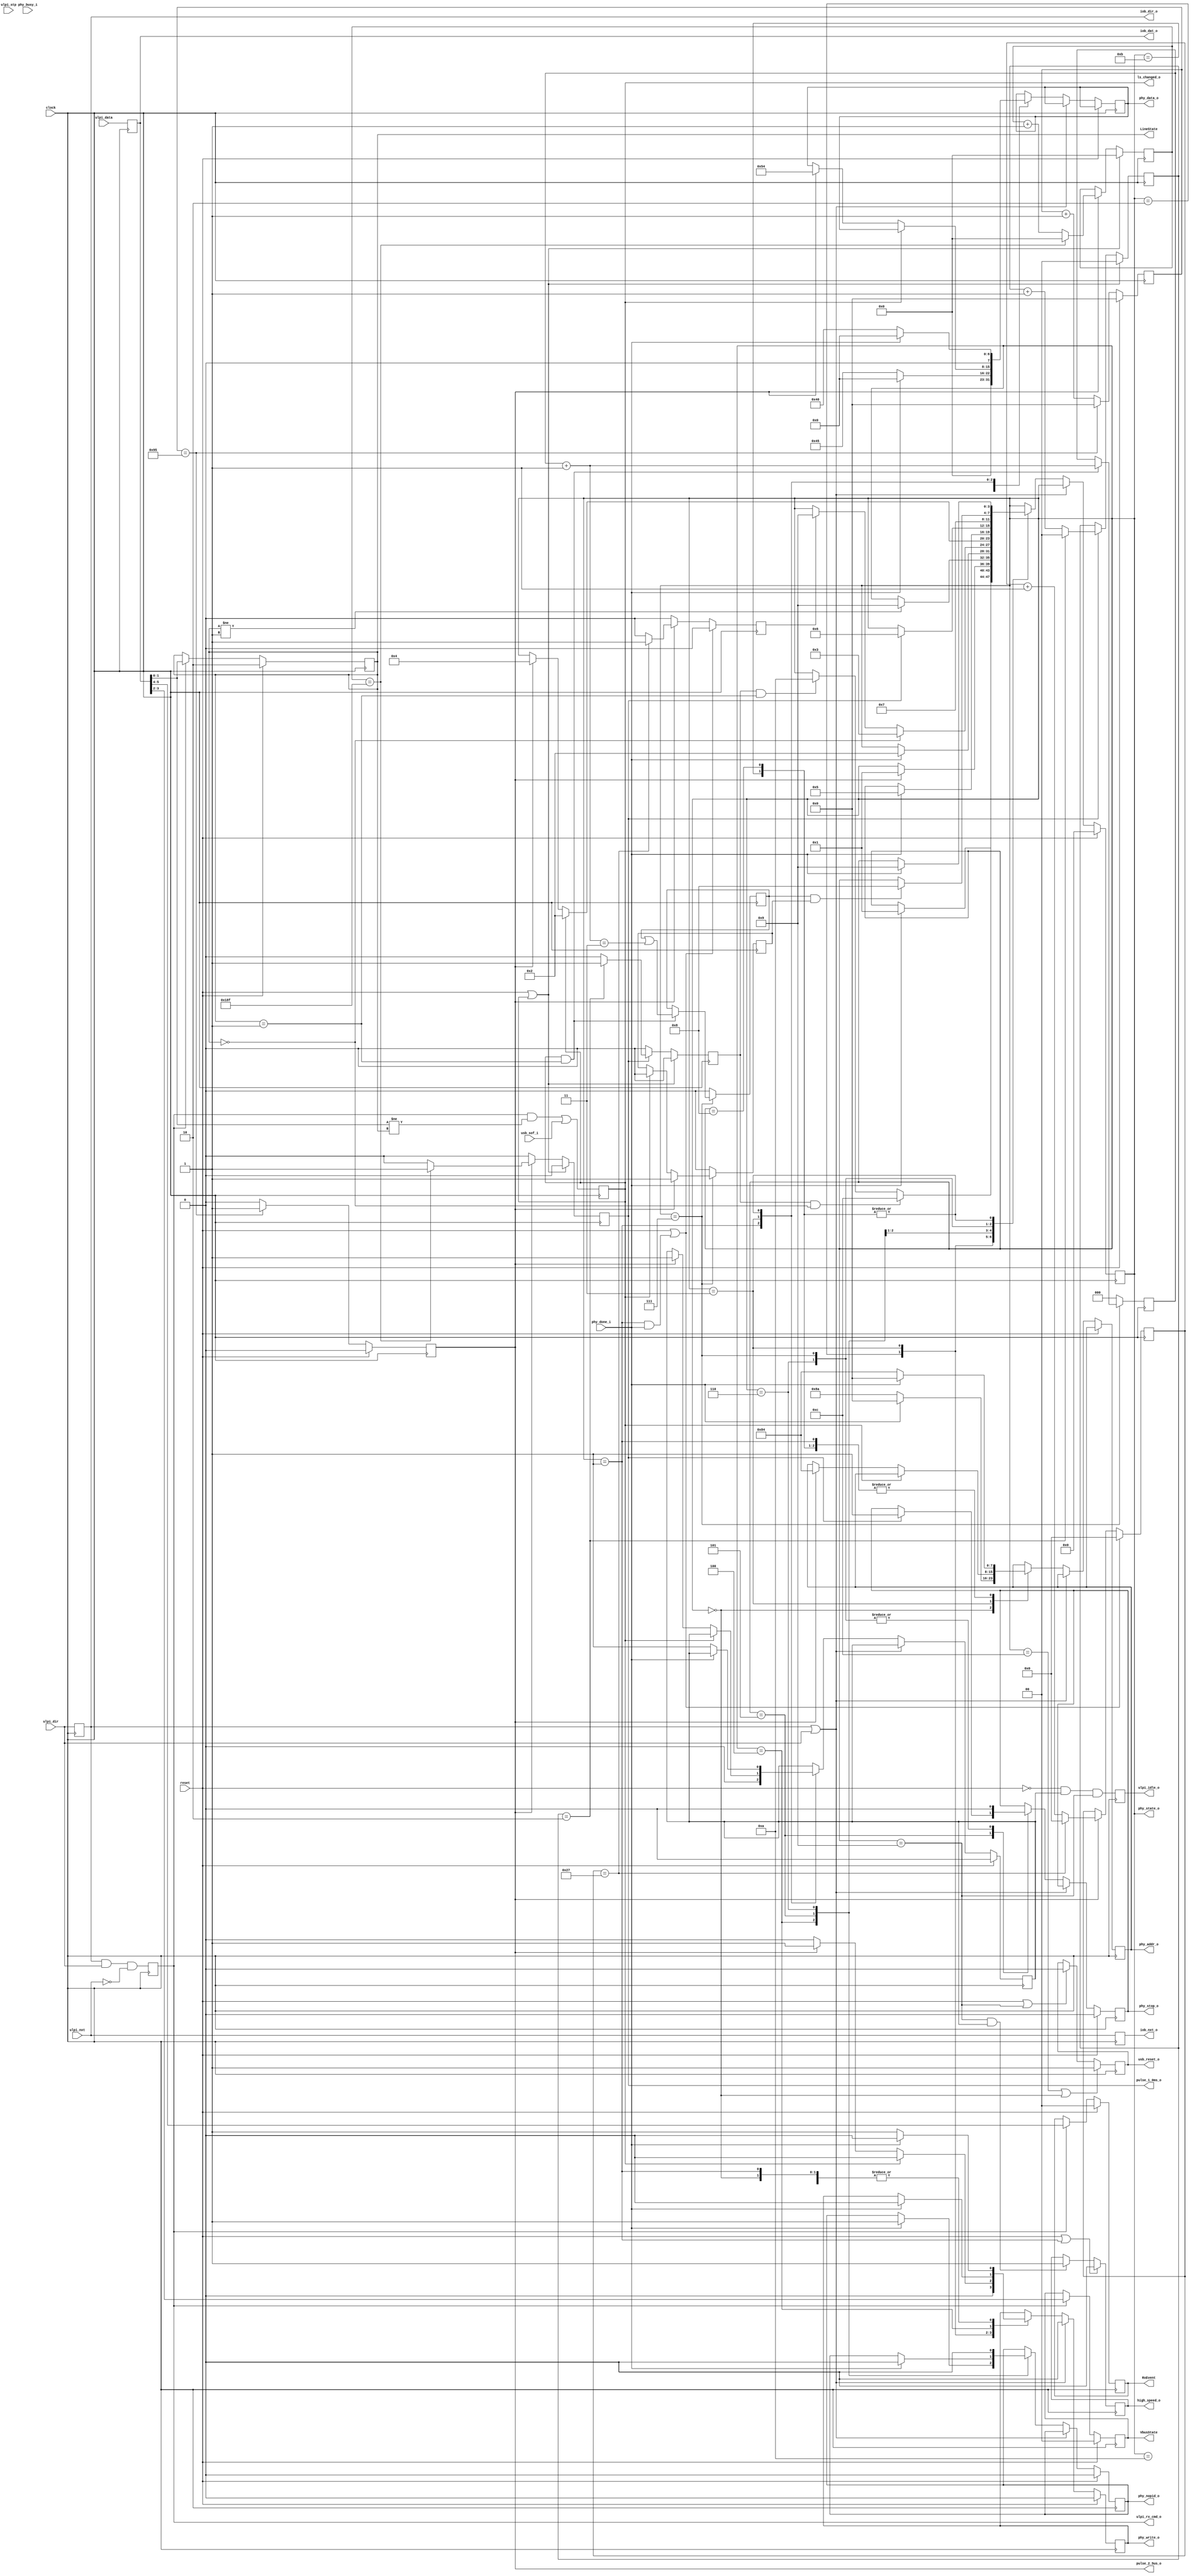
`timescale 1ns / 100ps
/**
 * Monitors the USB 'LineState', and provides the signals required for the ULPI
 * PHY to be started-up and brought into the desired operating mode.
 */
module line_state #(
    parameter HIGH_SPEED = 1
) (
    input clock,
    input reset,

    // Raw FPGA IOB values from the ULPI PHY
    input ulpi_dir,
    input ulpi_nxt,
    input ulpi_stp,
    input [7:0] ulpi_data,

    // USB-core status and control-signals
    input usb_sof_i,
    output high_speed_o,
    output usb_reset_o,
    output ls_changed_o,
    output ulpi_rx_cmd_o,
    output ulpi_idle_o,
    output [3:0] phy_state_o,

    // UTMI+ equivalent state-signals
    output [1:0] LineState,
    output [1:0] VbusState,
    output [1:0] RxEvent,

    // IOB-registered signals to the ULPI decoder
    output iob_dir_o,
    output iob_nxt_o,
    output [7:0] iob_dat_o,

    // Useful timing-pulses
    output pulse_2_5us_o,
    output pulse_1_0ms_o,

    output phy_write_o,
    output phy_nopid_o,
    output phy_stop_o,
    input phy_busy_i,
    input phy_done_i,
    output [7:0] phy_addr_o,
    output [7:0] phy_data_o
);


  // -- Constants -- //

`ifdef __icarus
  localparam [7:0] COUNT_2_5_US = 5;
  localparam [5:0] COUNT_100_US = 6;
  localparam [8:0] COUNT_1_0_MS = 7;
`else
  localparam [7:0] COUNT_2_5_US = 149;
  localparam [5:0] COUNT_100_US = 39;
  localparam [8:0] COUNT_1_0_MS = 399;
`endif

  localparam [3:0] ST_POWER_ON = 4'd0;
  localparam [3:0] ST_FS_START = 4'd1;
  localparam [3:0] ST_FS_LSSE0 = 4'd2;
  localparam [3:0] ST_WAIT_SE0 = 4'd3;
  localparam [3:0] ST_CHIRP_K0 = 4'd4;
  localparam [3:0] ST_CHIRP_K1 = 4'd5;
  localparam [3:0] ST_CHIRP_K2 = 4'd6;
  localparam [3:0] ST_CHIRP_KJ = 4'd7;
  localparam [3:0] ST_HS_START = 4'd8;
  localparam [3:0] ST_IDLE = 4'd9;
  localparam [3:0] ST_SUSPEND = 4'd10;
  localparam [3:0] ST_RESUME = 4'd11;
  localparam [3:0] ST_RESET = 4'd12;


  // -- State & Signals -- //

  reg [3:0] state;
  reg dir_q, nxt_q, set_q, nop_q, stp_q, hse_q, rst_q;
  reg [7:0] dat_q, adr_q, val_q;
  reg rx_cmd_q, hs_mode_q;
  reg new_ls_q, is_idle_q;

  // Pulse-signal & timer(-counter) for 2.5 us, and for a constant line-state
  reg pulse_2_5us, ls_pulse_1_0ms, ls_pulse_3_0ms, ls_pulse_21_ms, pulse_100us;
  reg [7:0] count_2_5us;
  reg [5:0] count_100us;
  reg [8:0] ls_count_1_0ms;
  reg [1:0] ls_count_3_0ms;
  reg [2:0] ls_count_21_ms;


  // -- Output Assignments -- //

  assign iob_dir_o = dir_q;
  assign iob_nxt_o = nxt_q;
  assign iob_dat_o = dat_q;

  assign high_speed_o = hs_mode_q;
  assign usb_reset_o = rst_q;
  assign ls_changed_o = new_ls_q;
  assign ulpi_rx_cmd_o = rx_cmd_q;
  assign ulpi_idle_o = is_idle_q;
  assign phy_state_o = state;

  assign pulse_2_5us_o = pulse_2_5us;
  assign pulse_1_0ms_o = ls_pulse_1_0ms;

  assign phy_write_o = set_q;
  assign phy_nopid_o = nop_q;
  assign phy_stop_o = stp_q;
  assign phy_addr_o = adr_q;
  assign phy_data_o = val_q;


  // -- IOB Registers -- //

  // Note: these do not map into IOB registers
  always @(posedge clock) begin
    dir_q <= ulpi_dir;
    nxt_q <= ulpi_nxt;
    dat_q <= ulpi_data;
  end


  // -- USB Line State & PHY Events -- //

  wire rx_cmd_w, new_ls_w;
  wire [1:0] LineStateW, VbusStateW, RxEventW, OpModeW;
  reg [1:0] LineStateQ, VbusStateQ, RxEventQ, OpModeQ;

  assign rx_cmd_w = dir_q && ulpi_dir && !ulpi_nxt;
  assign new_ls_w = rx_cmd_q && (LineStateW != LineStateQ) || usb_sof_i;

  assign LineStateW = dat_q[1:0];
  assign VbusStateW = dat_q[3:2];
  assign RxEventW = dat_q[5:4];

  assign LineState = LineStateQ;
  assign VbusState = VbusStateQ;
  assign RxEvent = RxEventQ;

  // Pipeline the LineState changes, so that IOB registers can be used
  always @(posedge clock) begin
    rx_cmd_q  <= rx_cmd_w;
    new_ls_q  <= new_ls_w;
    is_idle_q <= !reset && hse_q && state == ST_IDLE;

    if (reset || state == ST_FS_START) begin
      hs_mode_q <= 1'b0;
    end else if (state == ST_IDLE && hse_q) begin
      hs_mode_q <= 1'b1;
    end

    if (reset) begin
      // LineStateQ <= 2'b01;  // 'J', apparently
      LineStateQ <= 2'b10;  // 'K', apparently
      VbusStateQ <= 2'b00;
      RxEventQ   <= 2'b00;
    end else if (rx_cmd_q) begin
      LineStateQ <= LineStateW;
      VbusStateQ <= VbusStateW;
      RxEventQ   <= RxEventW;
    end
  end

  // State-output registers
  always @(posedge clock) begin
    if (state == ST_RESET || state == ST_POWER_ON) begin
      // if (state == ST_RESET) begin
      rst_q <= 1'b1;
    end else if (reset || state == ST_IDLE) begin
      rst_q <= 1'b0;
    end
  end


  // -- Timers for 2.5 us & 1.0 ms Pulses -- //

  always @(posedge clock) begin
    if (reset) begin
      pulse_2_5us <= 1'b0;
      count_2_5us <= 8'd0;
    end else begin
      if (count_2_5us == COUNT_2_5_US) begin
        pulse_2_5us <= 1'b1;
        count_2_5us <= 8'd0;
      end else begin
        pulse_2_5us <= 1'b0;
        count_2_5us <= count_2_5us + 8'd1;
      end
    end
  end

  // Pulse-signal (/timer) for 100 us duration
  always @(posedge clock) begin
    if (reset || state == ST_FS_START && phy_done_i) begin
      pulse_100us <= 1'b0;
      count_100us <= 6'd0;
    end else if (pulse_2_5us) begin
      if (count_100us == COUNT_100_US) begin
        pulse_100us <= 1'b1;
        count_100us <= 6'd0;
      end else begin
        pulse_100us <= 1'b0;
        count_100us <= count_100us + 6'd1;
      end
    end else begin
      pulse_100us <= 1'b0;
    end
  end

  // Pulse-signal & timer(-counter) for 1.0 ms, and for a constant line-state
  always @(posedge clock) begin
    if (reset || new_ls_q) begin
      ls_pulse_1_0ms <= 1'b0;
      ls_count_1_0ms <= 9'd0;
    end else if (pulse_2_5us) begin
      if (ls_count_1_0ms == COUNT_1_0_MS) begin
        ls_pulse_1_0ms <= 1'b1;
        ls_count_1_0ms <= 9'd0;
      end else begin
        ls_pulse_1_0ms <= 1'b0;
        ls_count_1_0ms <= ls_count_1_0ms + 9'd1;
      end
    end else begin
      ls_pulse_1_0ms <= 1'b0;
    end
  end

  // Pulse-signal (/timer) for a 3.0 ms duration and constant line-state
  always @(posedge clock) begin
    if (reset || new_ls_q) begin
      ls_pulse_3_0ms <= 1'b0;
      ls_count_3_0ms <= 2'd0;
    end else if (ls_pulse_1_0ms) begin
      if (ls_count_3_0ms == 2'd2) begin
        ls_pulse_3_0ms <= 1'b1;
        ls_count_3_0ms <= 2'd0;
      end else begin
        ls_pulse_3_0ms <= 1'b0;
        ls_count_3_0ms <= ls_count_3_0ms + 2'd1;
      end
    end else begin
      ls_pulse_3_0ms <= 1'b0;
    end
  end

  // Pulse-signal (/timer) for 21 ms duration and constant line-state
  always @(posedge clock) begin
    if (reset || new_ls_q) begin
      ls_pulse_21_ms <= 1'b0;
      ls_count_21_ms <= 2'd0;
    end else if (ls_pulse_3_0ms) begin
      if (ls_count_21_ms == 3'd6) begin
        ls_pulse_21_ms <= 1'b1;
        ls_count_21_ms <= 3'd0;
      end else begin
        ls_pulse_21_ms <= 1'b0;
        ls_count_21_ms <= ls_count_21_ms + 3'd1;
      end
    end else begin
      ls_pulse_21_ms <= 1'b0;
    end
  end


  // -- Speed-neogiation LineState and Chirp-control -- //

  reg kj_valid_q, kj_ended_q;
  reg  [2:0] kj_count_q;
  wire [2:0] kj_cnext_w = kj_count_q + 3'd1;

  always @(posedge clock) begin
    if (state == ST_CHIRP_KJ) begin
      // After the start of each J/K, wait at least 2.5 us before considering it
      // as a valid symbol.
      if (pulse_2_5us) begin
        kj_valid_q <= 1'b1;
      end else if (new_ls_q) begin
        kj_valid_q <= 1'b0;
      end

      if (new_ls_q && LineState == 2'b01) begin
        kj_count_q <= kj_cnext_w;
        kj_ended_q <= kj_ended_q || kj_cnext_w == 3'd3;
      end
    end else begin
      kj_valid_q <= 1'b0;
      kj_ended_q <= 1'b0;
      kj_count_q <= 3'd0;
    end
  end


  // -- Main USB ULPI PHY LineState FSM -- //

  /**
   * Initialisation sequence:
   *  + Set to (normal) FS-mode:
   *    - WRITE REGISTER ADDRESS (0x8A)
   *    - WRITE REGISTER VALUE   (0x00)
   *    - WRITE REGISTER ADDRESS (0x84)
   *    - WRITE REGISTER VALUE   (0x45)
   *  + Wait for SE0 ('dir' for 'RX CMD'):
   *    - Clear 2.5 us timer on 'LineState == 2'b00'
   *    - Next-state on 'pulse_2_5us'
   *  + Set to (chirp) HS-mode:
   *    - WRITE REGISTER ADDRESS (0x84)
   *    - WRITE REGISTER VALUE   (0x54)
   *  + Start chirp-K:
   *    - Issue NOPID            (0x40)
   *    - Clear 1.0 ms timer on 'nxt'
   *    - On 'ls_pulse_1_0ms', assert 'stp' for 1 cycle
   *  + Wait for 'squelch' LineState (not required ??)
   *  + Receive K-J-K-J-K-J:
   *    - Rx K for > 2.5 us
   *    - Rx J for > 2.5 us
   *    - ...
   *  + Set to normal (HS-mode):
   *    - WRITE REGISTER ADDRESS (0x84)
   *    - WRITE REGISTER VALUE   (0x40)
   *  + Wait for 'squelch' ('LineState == 2'b00')
   * 
   * During this sequence, issue a 'reset' to the USB core.
   */
  always @(posedge clock) begin
    if (reset) begin
      state <= ST_POWER_ON;
      hse_q <= 1'b0;
      set_q <= 1'b0;
      nop_q <= 1'b0;
      stp_q <= 1'b0;
    end else if (dir_q || ulpi_dir) begin
      set_q <= 1'b0;
    end else begin
      case (state)
        ST_POWER_ON: begin
          if (phy_done_i) begin
            state <= ST_FS_START;
            {set_q, adr_q, val_q} <= {1'b0, 8'd0, 8'd0};
          end else begin
            {set_q, adr_q, val_q} <= {1'b1, 8'h8A, 8'd0};
          end
          // state <= phy_busy_i ? ST_FS_START : state;
          // {set_q, adr_q, val_q} <= {1'b1, 8'h8A, 8'd0};
        end

        ST_IDLE: begin
          if (ls_pulse_3_0ms && LineState == 2'b00) begin
            state <= ST_RESET;
          end else if (ls_pulse_3_0ms && LineState == 2'b01) begin
            state <= ST_SUSPEND;
          end
        end

        ST_RESET: begin
          state <= pulse_2_5us ? ST_FS_START : state;
          // todo: ...
        end

        ST_SUSPEND: begin
          // todo: ...
          if (LineState != 2'b01) begin
            state <= ST_IDLE;
          end
          // if (dir_q && LineState != 2'b10 && ls_pulse_21_ms) begin
          //   stp_q <= 1'b1;
          //   state <= ST_RESUME;
          // end
        end

        ST_RESUME: begin
          // todo: assert & hold 'stp' ...
          if (phy_done_i) begin
            state <= ST_IDLE;
            {set_q, adr_q, val_q} <= {1'b0, 8'd0, 8'd0};
          end else begin
            // Set the Xcvrs to HS-mode
            hse_q <= 1'b1;
            {set_q, adr_q, val_q} <= {1'b1, 8'h84, 8'h40};
          end
        end


        //
        //  Switch to FS-mode on start-up, reset, or suspend
        ///
        ST_FS_START: begin
          hse_q <= 1'b0;
          if (phy_done_i) begin
            state <= ST_FS_LSSE0;
            {set_q, adr_q, val_q} <= {1'b0, 8'd0, 8'd0};
          end else begin
            {set_q, adr_q, val_q} <= {1'b1, 8'h84, 8'h45};
          end
        end

        ST_FS_LSSE0: begin
          state <= LineState == 2'b00 ? ST_WAIT_SE0 : pulse_100us ? ST_IDLE : state;
          set_q <= 1'b0;
        end

        ST_WAIT_SE0: begin
          if (new_ls_q) begin
            state <= ST_FS_LSSE0;
            set_q <= 1'b0;
          end else if (pulse_2_5us) begin
            // Set the Xcvrs to HS-mode
            state <= ST_CHIRP_K0;
            hse_q <= 1'b1;
            {set_q, adr_q, val_q} <= {1'b1, 8'h84, 8'h54};
          end else begin
            set_q <= 1'b0;
          end
        end

        ST_CHIRP_K0: begin
          if (phy_done_i) begin
            // Issue 'NO PID' command to start the 'K'-chirp
            state <= ST_CHIRP_K1;
            set_q <= 1'b0;  // todo: issue 'NO PID' here ??
            nop_q <= 1'b1;
          end
        end

        ST_CHIRP_K1: begin
          // todo: start timer when 'nxt' arrives ??
          if (ls_pulse_1_0ms) begin
            state <= ST_CHIRP_K2;
            stp_q <= 1'b1;
          end
          if (phy_done_i) begin
            nop_q <= 1'b0;
          end
        end

        ST_CHIRP_K2: begin
          // Wait at least 1.0 ms
          // todo: issue stop, then wait for 'RX CMD' ('squelch')
          nop_q <= 1'b0;
          stp_q <= 1'b0;
          state <= ST_CHIRP_KJ;
        end

        //
        //  Attempt to handshake for HS-mode
        ///
        ST_CHIRP_KJ: begin
          if (kj_ended_q && kj_valid_q) begin
            state <= ST_HS_START;
          end
          stp_q <= 1'b0;
        end

        ST_HS_START: begin
          if (phy_done_i) begin
            state <= ST_IDLE;
            {set_q, adr_q, val_q} <= {1'b0, 8'd0, 8'd0};
          end else begin
            hse_q <= 1'b1;
            {set_q, adr_q, val_q} <= {1'b1, 8'h84, 8'h40};
          end
        end
      endcase
    end
  end


  // -- Simulation Only -- //

`ifdef __icarus

  reg [95:0] dbg_state;

  always @* begin
    case (state)
      ST_POWER_ON: dbg_state = "POWER_ON";
      ST_FS_START: dbg_state = "FS_START";
      ST_FS_LSSE0: dbg_state = "FS_LSSE0";
      ST_WAIT_SE0: dbg_state = "WAIT_SE0";
      ST_CHIRP_K0: dbg_state = "CHIRP_K0";
      ST_CHIRP_K1: dbg_state = "CHIRP_K1";
      ST_CHIRP_K2: dbg_state = "CHIRP_K2";
      ST_CHIRP_KJ: dbg_state = "CHIRP_KJ";
      ST_HS_START: dbg_state = "HS_START";
      ST_RESET: dbg_state = "RESET";
      ST_SUSPEND: dbg_state = "SUSPEND";
      ST_RESUME: dbg_state = "RESUME";
      ST_IDLE: dbg_state = "IDLE";
      default: dbg_state = "XXXX";
    endcase
  end

`endif


endmodule  // line_state